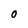
Character: 0